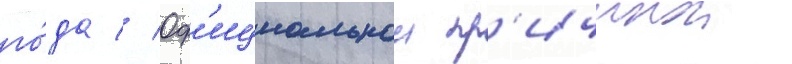
го́да // Оф'ициальнои пр'ичинои